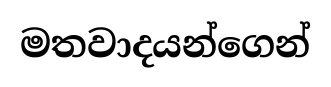
මතවාදයන්ගෙන්